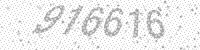
Solution: 916616